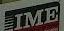
ime